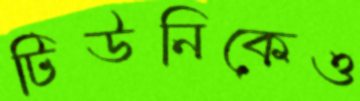
টিউনিকেও